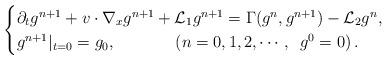
LaTeX: \begin{align*}\begin{cases}\partial_tg^{n+1}+v\cdot \nabla_{x}g^{n+1}+\mathcal{L}_1g^{n+1}=\Gamma(g^n,g^{n+1}) -\mathcal{L}_2g^n ,\\g^{n+1}|_{t=0}=g_0, \hskip1.5cm ( n = 0,1,2,\cdots, \enskip g^0 = 0)\,.\end{cases}\end{align*}